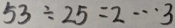
5 3 \div 2 5 = 2 \cdots 3